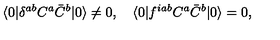
\langle 0 | \delta ^ { a b } C ^ { a } \bar { C } ^ { b } | 0 \rangle \not = 0 , \quad \langle 0 | f ^ { i a b } C ^ { a } \bar { C } ^ { b } | 0 \rangle = 0 ,